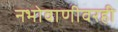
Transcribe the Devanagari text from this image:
नभोवाणीवरही